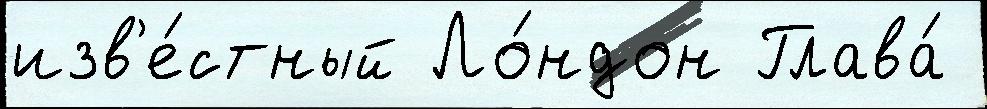
изв'е́стный Ло́ндон Глава́